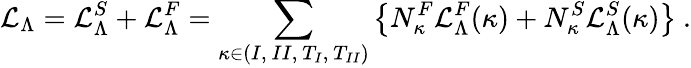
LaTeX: {\cal L}_{\Lambda}={\cal L}_{\Lambda}^{S}+{\cal L}_{\Lambda}^{F}=\sum_{\kappa\in{(I,~II,~T_{I},~T_{II})}}\left\{ N_{\kappa}^{F}{\cal L}_{\Lambda}^{F}(\kappa)+N_{\kappa}^{S}{\cal L}_{\Lambda}^{S}(\kappa)\right\} ~.